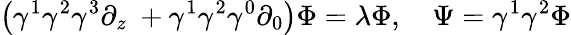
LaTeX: \left(\gamma^{1}\gamma^{2}\gamma^{3}\partial_{z}\ +\gamma^{1}\gamma^{2}\gamma^{0}\partial_{0}\right)\Phi=\lambda\Phi,\quad\Psi=\gamma^{1}\gamma^{2}\Phi